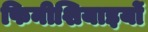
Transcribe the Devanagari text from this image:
फिनीशियाइयों